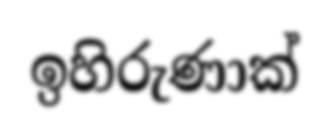
ඉහිරුණාක්